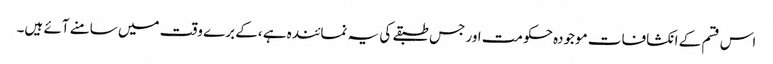
اس قسم کے انکشافات موجودہ حکومت اور جس طبقے کی یہ نمائندہ ہے ،کے برے وقت میں سامنے آئے ہیں۔